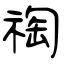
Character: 祹